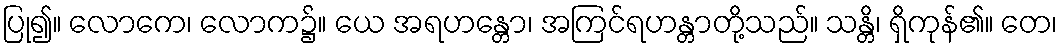
ပြု၍။ လောကေ၊ လောက၌။ ယေ အရဟန္တော၊ အကြင်ရဟန္တာတို့သည်။ သန္တိ၊ ရှိကုန်၏။ တေ၊